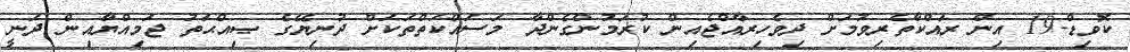
ކޮވިޑް-19 އިން ރައްކާތެރިވުމަށް ދިވެހިރާއްޖެއިން ކުރަމުންގެންދާ މަސައްކަތްތަކަށް ދުނިޔޭގެ ޞިއްޙަތު ޖަމިއްޔާއިން ދަނީ